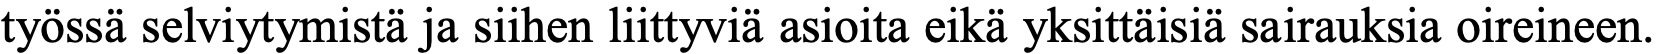
työssä selviytymistä ja siihen liittyviä asioita eikä yksittäisiä sairauksia oireineen.